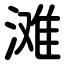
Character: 滩